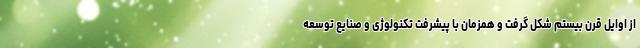
از اوایل قرن بیستم شکل گرفت و همزمان با پیشرفت تکنولوژی و صنایع توسعه